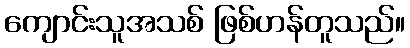
ကျောင်းသူအသစ် ဖြစ်ဟန်တူသည်။